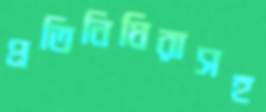
প্রতিনিধিরাসহ